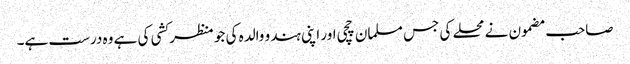
صاحب مضمون نے محلے کی جس مسلمان چچی اور اپنی ہندو والدہ کی جو منظر کشی کی ہے وہ درست ہے۔